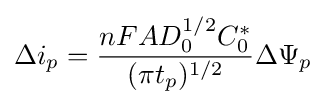
\Delta i_{p}={\frac {nFAD_{0}^{1/2}C_{0}^{*}}{(\pi t_{p})^{1/2}}}\Delta \Psi _{p}